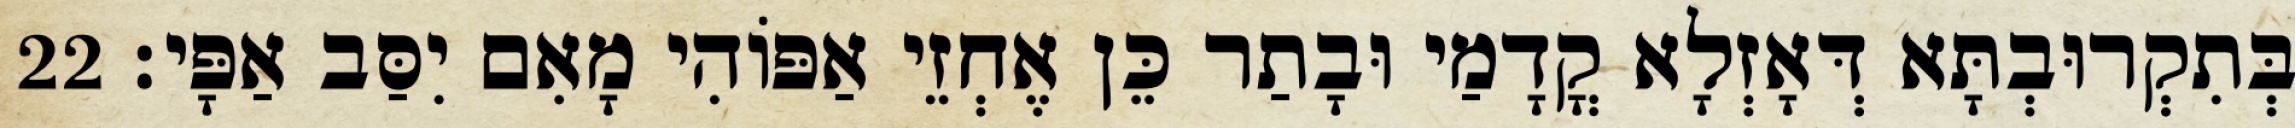
בְּתִקְרוּבְתָּא דְּאָזְלָא קֳדָמַי וּבָתַר כֵּן אֶחְזֵי אַפּוֹהִי מָאִם יִסַּב אַפָּי׃ 22